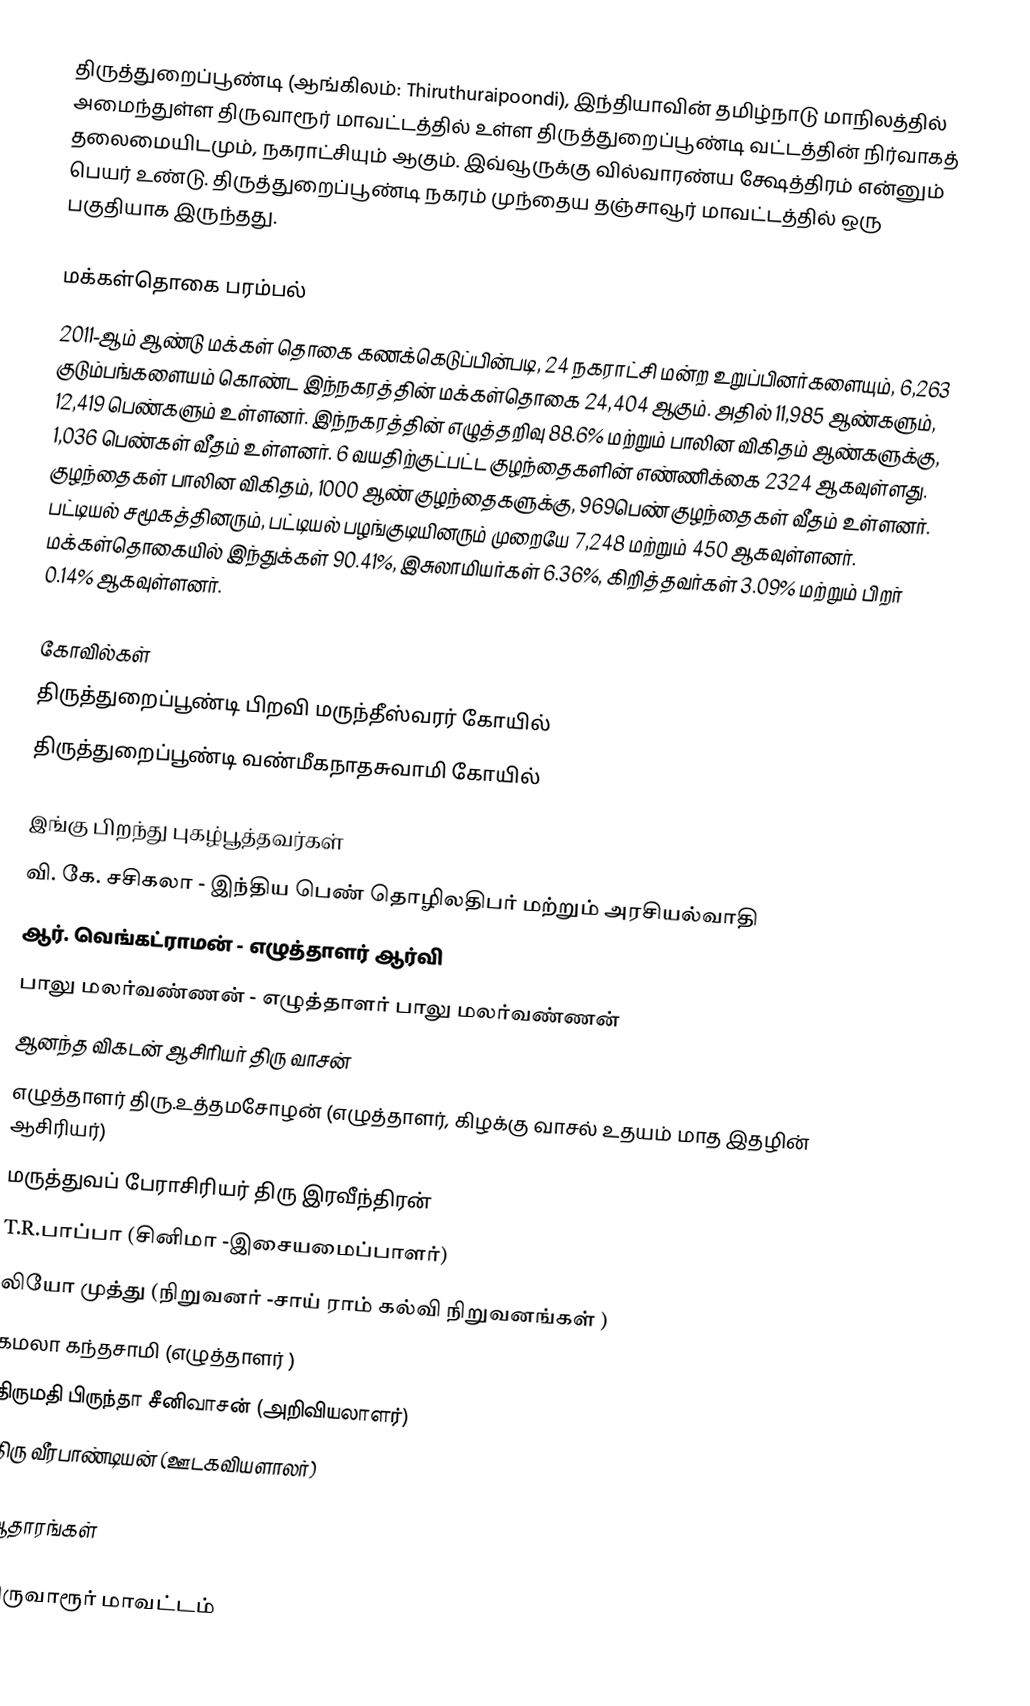
திருத்துறைப்பூண்டி (ஆங்கிலம்: Thiruthuraipoondi), இந்தியாவின் தமிழ்நாடு மாநிலத்தில் அமைந்துள்ள திருவாரூர் மாவட்டத்தில் உள்ள திருத்துறைப்பூண்டி வட்டத்தின் நிர்வாகத் தலைமையிடமும், நகராட்சியும் ஆகும். இவ்வூருக்கு வில்வாரண்ய க்ஷேத்திரம் என்னும் பெயர் உண்டு. திருத்துறைப்பூண்டி நகரம் முந்தைய தஞ்சாவூர் மாவட்டத்தில் ஒரு பகுதியாக இருந்தது.

மக்கள்தொகை பரம்பல்
2011-ஆம் ஆண்டு மக்கள் தொகை கணக்கெடுப்பின்படி, 24 நகராட்சி மன்ற உறுப்பினர்களையும், 6,263 குடும்பங்களையம் கொண்ட இந்நகரத்தின் மக்கள்தொகை 24,404  ஆகும். அதில் 11,985 ஆண்களும், 12,419 பெண்களும் உள்ளனர்.   இந்நகரத்தின் எழுத்தறிவு 88.6%  மற்றும் பாலின விகிதம்  ஆண்களுக்கு, 1,036 பெண்கள் வீதம் உள்ளனர். 6 வயதிற்குட்பட்ட குழந்தைகளின் எண்ணிக்கை 2324  ஆகவுள்ளது. குழந்தைகள் பாலின விகிதம்,  1000 ஆண் குழந்தைகளுக்கு,  969பெண் குழந்தைகள் வீதம் உள்ளனர். பட்டியல் சமூகத்தினரும், பட்டியல் பழங்குடியினரும்  முறையே 7,248 மற்றும் 450 ஆகவுள்ளனர். மக்கள்தொகையில் இந்துக்கள் 90.41%,  இசுலாமியர்கள் 6.36%, கிறித்தவர்கள் 3.09% மற்றும்  பிறர் 0.14% ஆகவுள்ளனர்.

கோவில்கள்
 திருத்துறைப்பூண்டி பிறவி மருந்தீஸ்வரர் கோயில்
 திருத்துறைப்பூண்டி வண்மீகநாதசுவாமி கோயில்

இங்கு பிறந்து புகழ்பூத்தவர்கள்
 வி. கே. சசிகலா - இந்திய பெண் தொழிலதிபர் மற்றும் அரசியல்வாதி
 ஆர். வெங்கட்ராமன் - எழுத்தாளர் ஆர்வி
 பாலு மலர்‌வண்‌ணன் - எழுத்தாளர்  பாலு மலர்‌வண்‌ணன்
 ஆனந்த விகடன் ஆசிரியர் திரு வாசன்
எழுத்தாளர் திரு.உத்தமசோழன் (எழுத்தாளர், கிழக்கு வாசல் உதயம் மாத இதழின் ஆசிரியர்)
 மருத்துவப் பேராசிரியர் திரு இரவீந்திரன்
 T.R.பாப்பா (சினிமா -இசையமைப்பாளர்)
 லியோ முத்து (நிறுவனர் -சாய் ராம் கல்வி நிறுவனங்கள் )
 கமலா கந்தசாமி (எழுத்தாளர் )
திருமதி பிருந்தா சீனிவாசன் (அறிவியலாளர்)
திரு வீரபாண்டியன் (ஊடகவியளாலா்)

ஆதாரங்கள்

திருவாரூர் மாவட்டம்